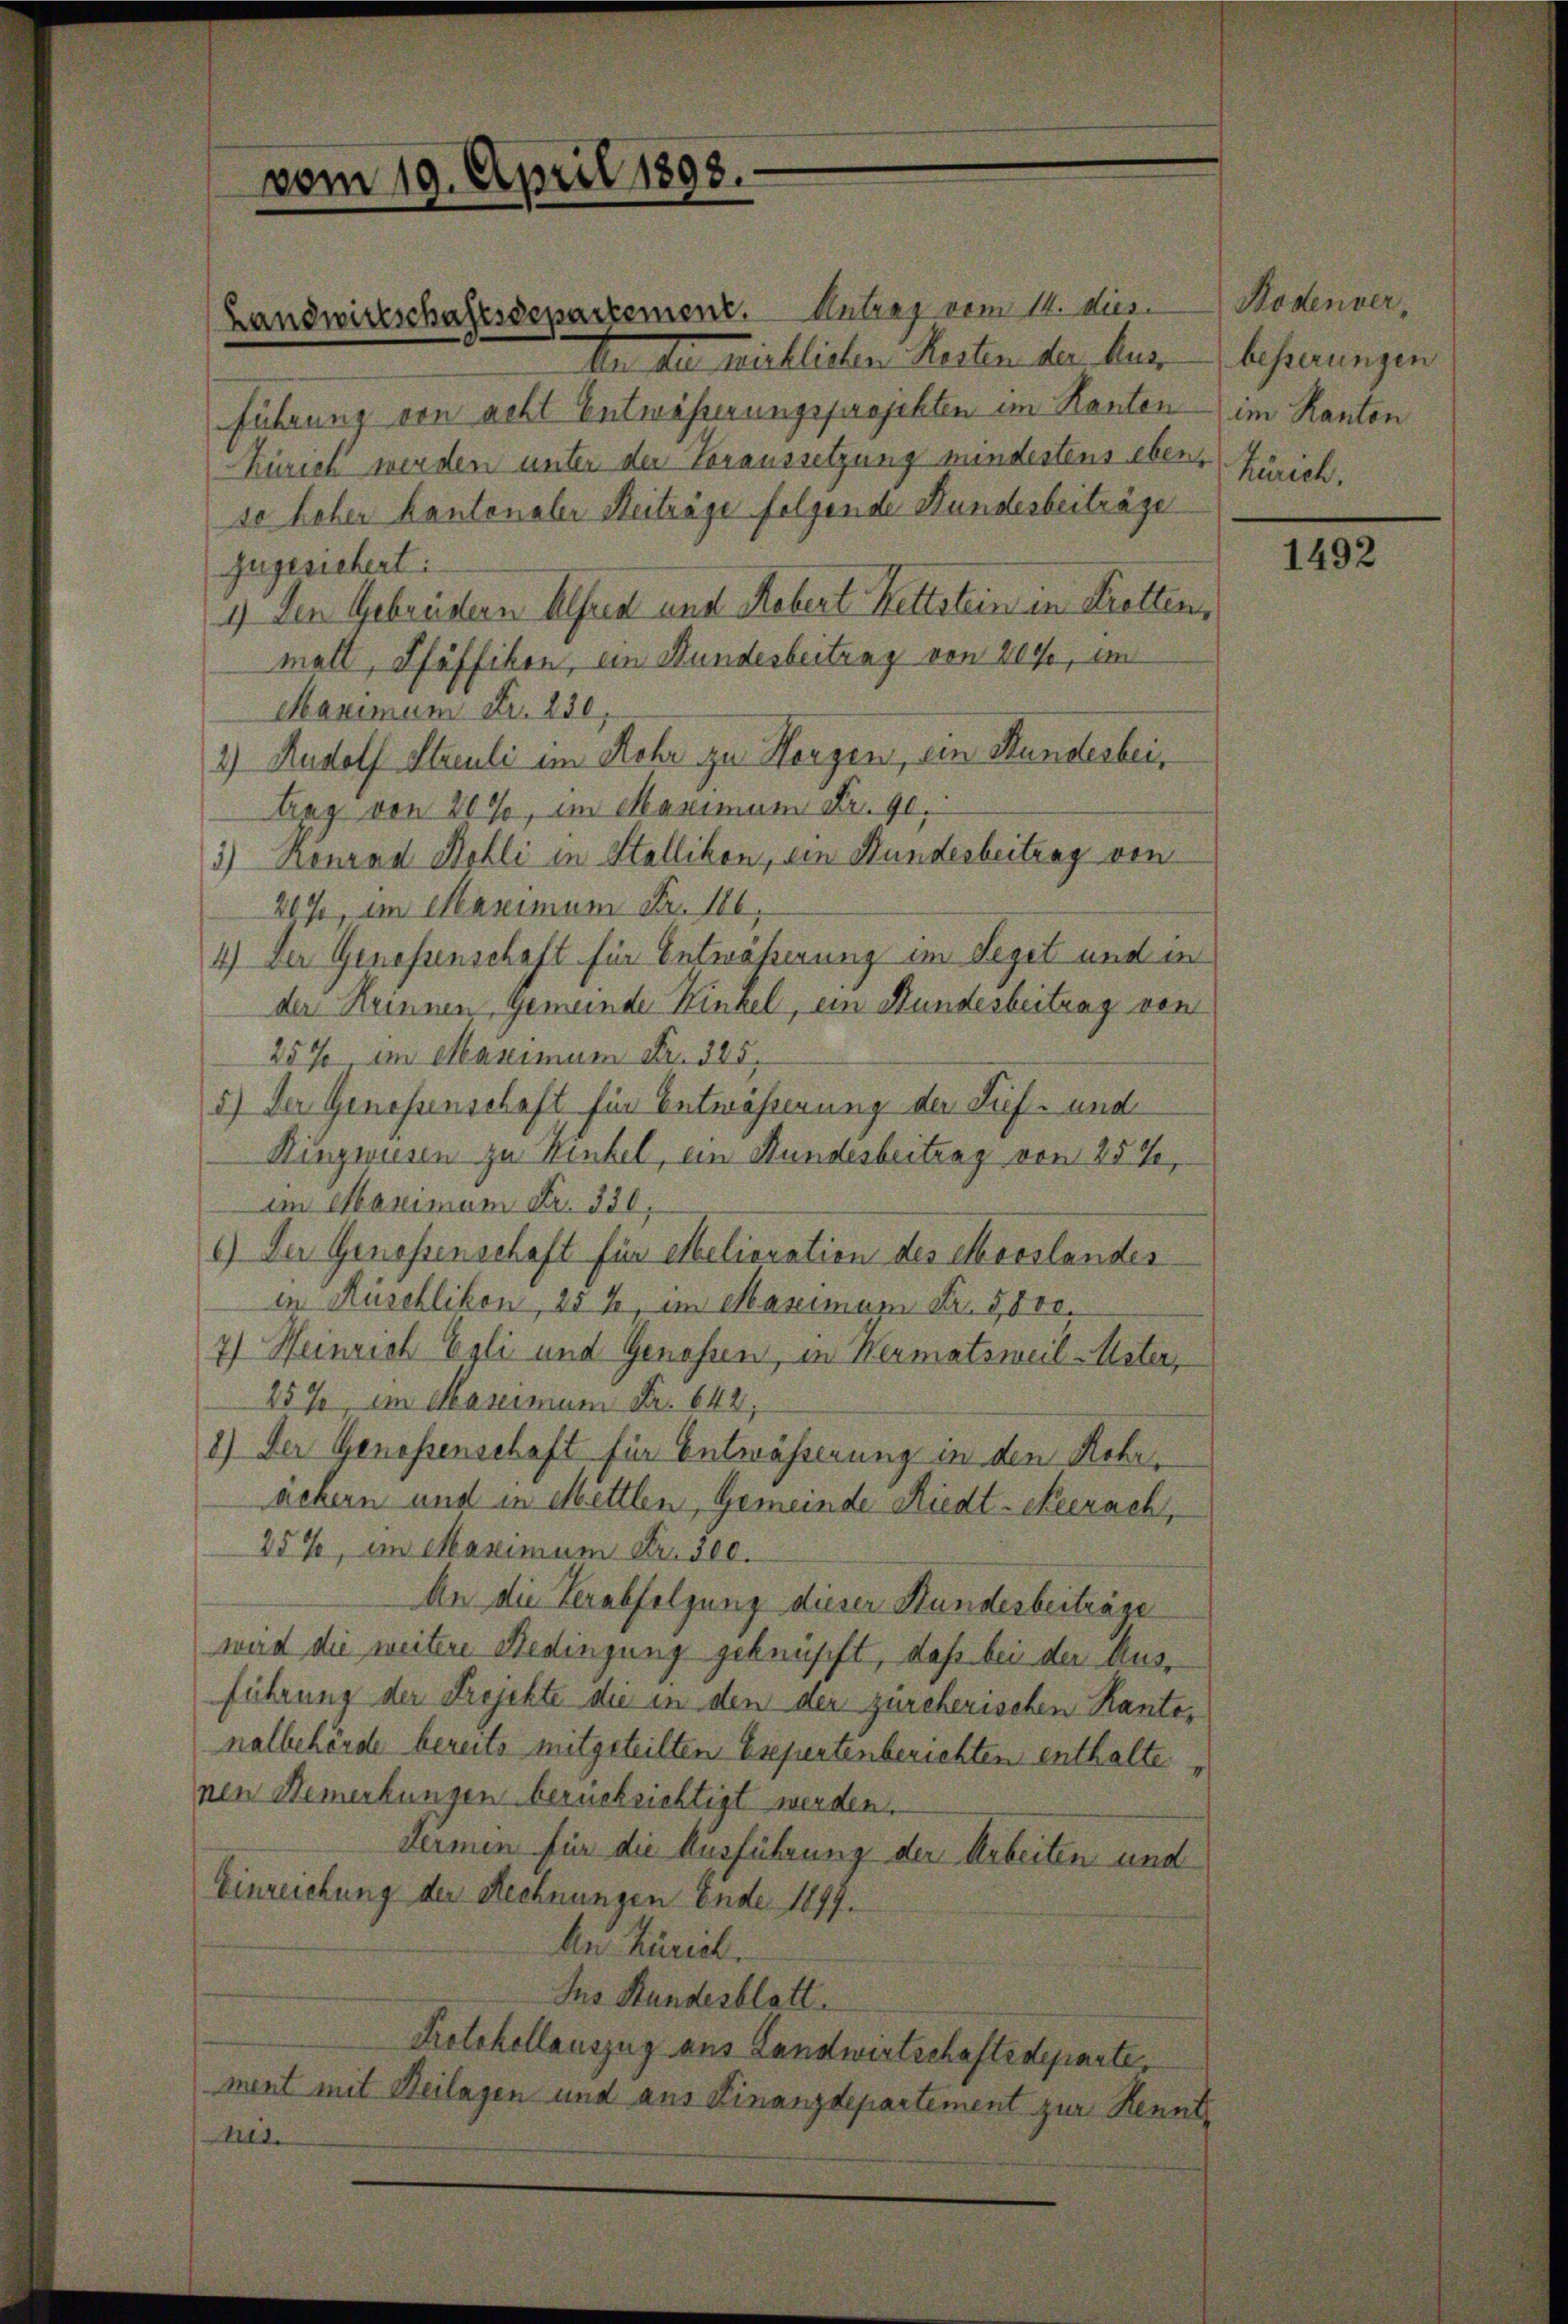
vom 19. April 1898.

den der michlichen Reiten der hus besserungen
führung von acht Entwässerungsprojekten im Kanton im Kanton
Zürich werden unter der Voraussetzung mindestens eben, Zürich.
se hoher Kantonaler Heiträge folgende Hundesbeiträge
zugesichert:
1) den Gebrüdern Alfred und Rebert Kettstein in Kretten,
matt, Pfäffikon, ein Hundesbeitrag von 200, im
Maximum Fr. 250,
2) Rudolf Streuli im Kehr zu Herzen, ein Hundesbeilng von 20%, im Maximum Fr. 90.
3) Ronrad Bolli in Stallikon, ein Hundesbeitrag von
209, im Maximum Fr. 116,
4.) Der Genossenschaft für Entwässerung im Seget und in
der Heinnen Gemeinde Kinkel, ein Hundesbeitung von
25% im Maximum Fr. 385.
5) Der Genossenschaft für Entwässerung der Suf- und
Ringwesen zu Winkel, ein Hundesbeitrag von 25%,
im Maximum Fr. 350,
6) Der Genossenschaft für Melioration des Mooslandes
in Rüschlikon, 25%, im Maximum Fr. 5000.
7) Heinrich Egli und Genossen, in Hermatsweil-Uster,
257, im Maximum Fr. 642,
8) Der Genossenschaft für Entwässerung in den Rohr-
äckern und in Mettlen, Gemeinde Riedt-Neerach,
25%, am Maximum Fr. 300.
An die Verabfolgung dieser Hundesbeiträge
wird die weitere Bedingung geknüpft, daß bei der Ausführung der Frejekte die in den der zürcherischen Kantonalbehörde bereits mitgeteilten Esepertenberichten enthalte.
nen Bemerkungen berücksichtigt werden.
Termin für die Ausführung der Arbeiten und
Einreichung der Rechnungen Ende 1897.
An Zürich.
Ins Stundesblatt.
Protokollauszug aus Landwirtschaftsdeparte,
ment mit Heilagen und aus Finanzdepartement zur Kennt
rut.

Landwirtschaftsdepartement. Antrag vom 14. Mi

Bodenver,

1492